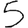
Digit: 5